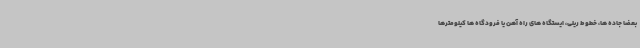
بعضاً جاده ها، خطوط ریلی، ایستگاه های راه آهن یا فرودگاه ها کیلومترها